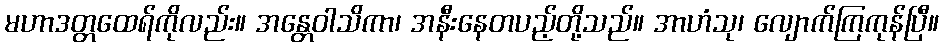
မဟာဒတ္တထေရ်ကိုလည်း။ အန္တေဝါသိကာ၊ အနီးနေတပည့်တို့သည်။ အာဟံသု၊ လျောက်ကြကုန်ပြီ။